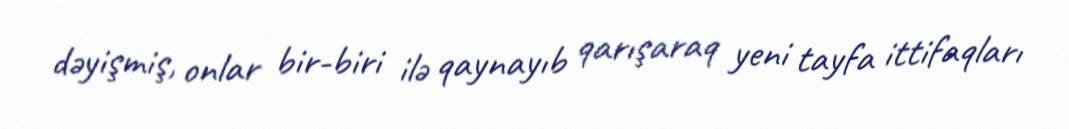
dəyişmiş, onlar bir-biri ilə qaynayıb qarışaraq yeni tayfa ittifaqları